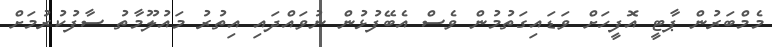
މެމްބަރުން ޕާޓީ އޮފީހަށް ވަޑައިގަތުމުން ވެސް އެބޭފުޅުން ނުވައްދައި އިތުރު މައުލޫމާތު ސާފުކުރުމަށް